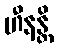
ဟီနန္တိ